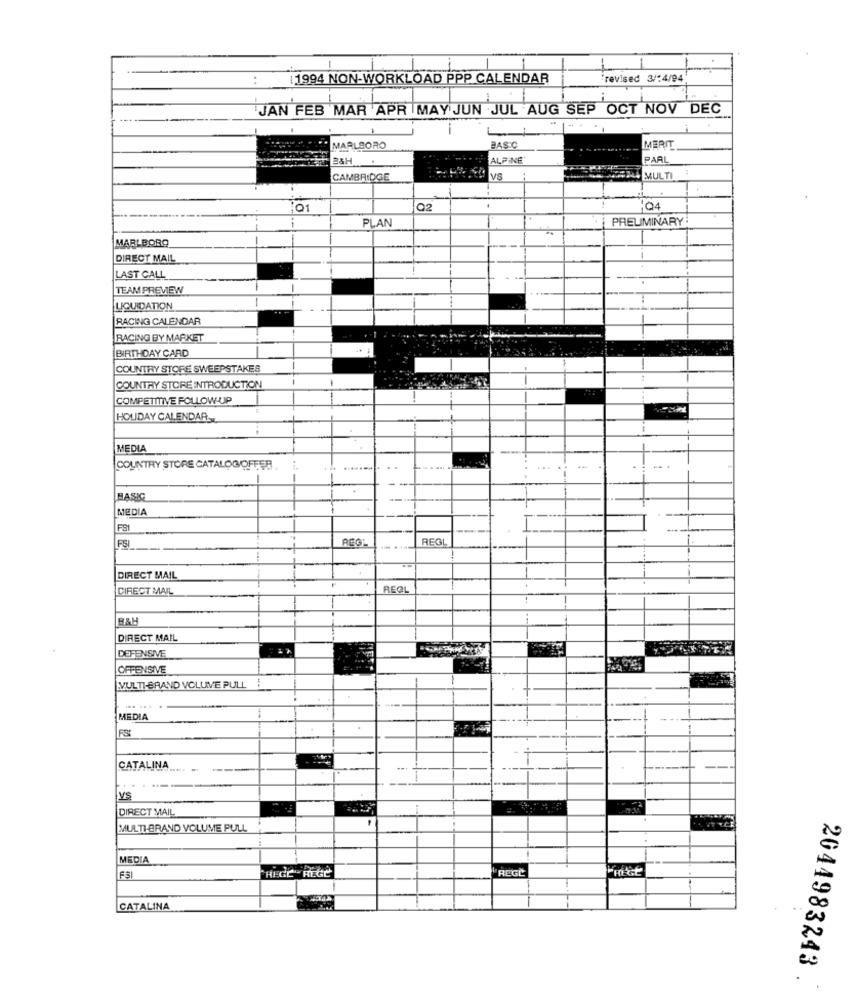
:
1994 NON-WORKLOAD PPP CALENDAR
revised 3/14/94
JAN FEB MAR APR MAY JUN JUL AUG SEP OCT NOV DEC
MARLBORO
BASIC
MERIT
24H
ALPINE
PARL
CAMBRIDGE
VS
MULTI
Q1
Q2
PRELIMINARY
i
PLAN
-
MARLBORO
DIRECT MAIL
LAST CALL
TEAM PREVIEW
LIQUIDATION
RACING CALENDAR
RACING BY MARKET
BIRTHDAY CARD
COUNTRY STORE SWEEPSTAKES
COUNTRY STORE INTRODUCTION
COMPETITIVE FOLLOW-UP
HOLIDAY CALENDAR
MEDIA
COUNTRY STORE CATALOG OFFER
BASIC
MEDIA
FS1
REGI
FSI
DIRECT MAIL
DIRECT MAIL
REGL
B&H
DIRECT MAIL
DEFENSIVE
2 7
OFFENSIVE
VULTI-BRAND VOLLVE PULL
MEDIA
CATALINA
.---
DIRECT MAIL
MULTI-BRAND VOLUME PULL
MEDIA
FS
"HECC REGE
REGL
CATALINA
2044983243